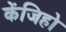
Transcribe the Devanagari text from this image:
केंजिहो